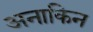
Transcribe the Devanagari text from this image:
अनाकिन